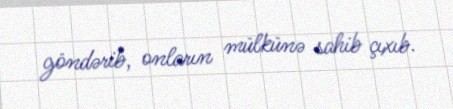
göndərib, onların mülkünə sahib çıxıb.